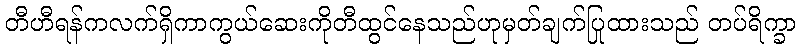
တီဟီရန်ကလက်ရှိကာကွယ်ဆေးကိုတီထွင်နေသည်ဟုမှတ်ချက်ပြုထားသည် တပ်ရိက္ခာ